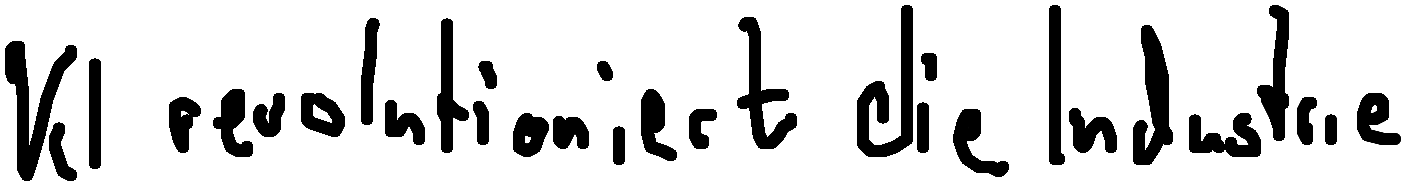
KI revolutioniert die Industrie.